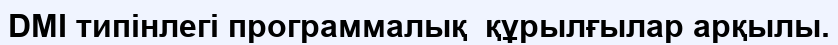
DMI типінлегі программалық  құрылғылар арқылы.